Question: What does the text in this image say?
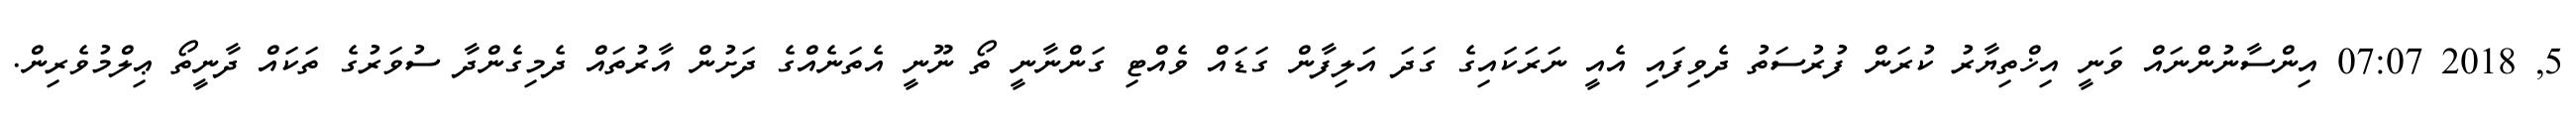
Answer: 5, 2018 07:07 އިންސާނުންނައް ވަނީ އިޚްތިޔާރު ކުރަން ފުރުސަތު ދެވިފައި އެއީ ނަރަކައިގެ ގަދަ އަލިފާން ގަޑައް ވެއްޓި ގަންނާނީ ތޯ ނޫނީ އެތަނެއްގެ ދަށުން އާރުތައް ދެމިގެންދާ ސުވަރުގެ ތަކައް ދާނީތޯ ޢިލްމުވެރިން.